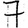
Digit: 7